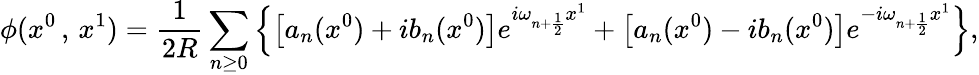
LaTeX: \phi(x^{0}\, ,\, x^{1})=\frac{1}{2R}\sum_{n\geq 0}\left\{ \left[a_{n}(x^{0})+ib_{n}(x^{0})\right]e^{i\omega_{n+\frac{1}{2}}x^{1}}+\left[a_{n}(x^{0})-ib_{n}(x^{0})\right]e^{-i\omega_{n+\frac{1}{2}}x^{1}}\right\} ,